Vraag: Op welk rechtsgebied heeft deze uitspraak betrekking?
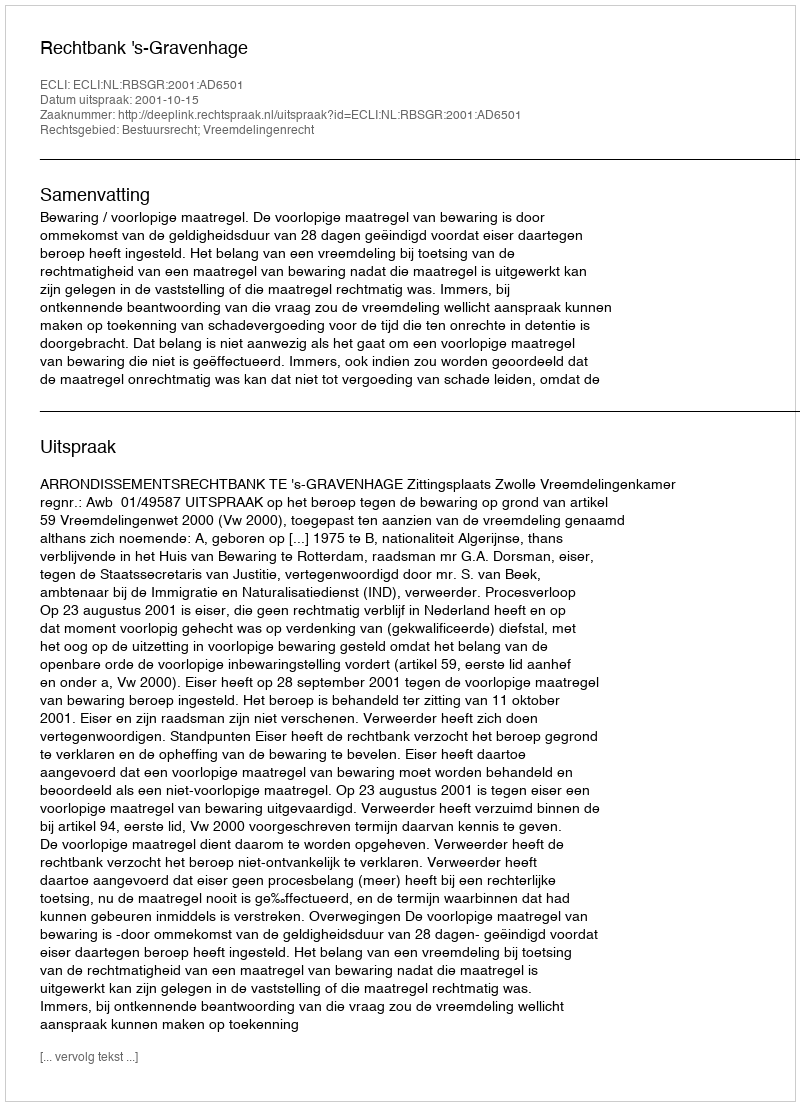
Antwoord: Bestuursrecht; Vreemdelingenrecht